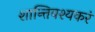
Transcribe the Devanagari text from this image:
शान्तिवश्यकरं